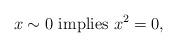
LaTeX: \begin{align*}x\sim 0\mbox{ implies }x^{2}=0,\end{align*}